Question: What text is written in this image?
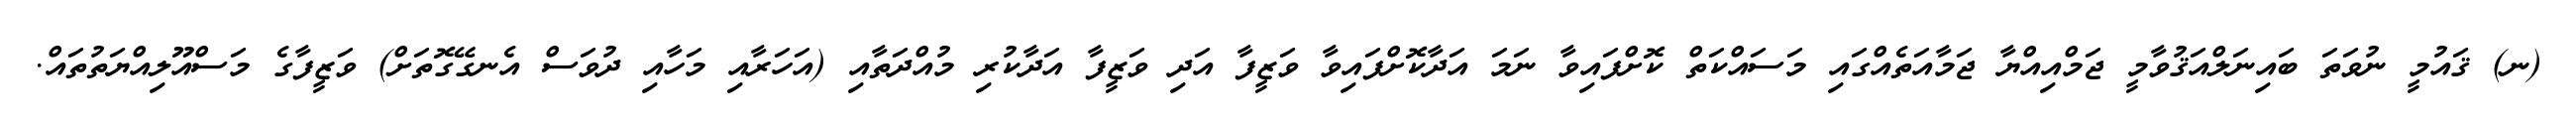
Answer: (ނ) ޤައުމީ ނުވަތަ ބައިނަލްއަޤުވާމީ ޖަމްއިއްޔާ ޖަމާއަތެއްގައި މަސައްކަތް ކޮށްފައިވާ ނަމަ އަދާކޮށްފައިވާ ވަޒީފާ އަދި ވަޒީފާ އަދާކުރި މުއްދަތާއި (އަހަރާއި މަހާއި ދުވަސް އެނގޭގޮތަށް) ވަޒީފާގެ މަސްއޫލިއްޔަތުތައް.